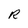
Character: R